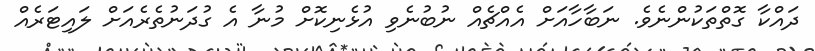
ދައްކާ ގޮތްތަކުންނެވެ. ނަބާހާއަށް އެއްޗެއް ނުބުނެވި އުޅެނިކޮށް މުނާ އެ ގުދަނުތެރެއަށް ލައިޓަރެއް